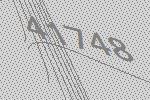
41748